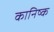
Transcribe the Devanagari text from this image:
कानिष्क